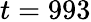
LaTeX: t=993